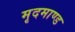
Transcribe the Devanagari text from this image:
मृदमाण्ड